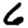
Digit: 6